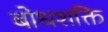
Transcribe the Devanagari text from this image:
बोधशक्ति